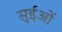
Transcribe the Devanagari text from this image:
सुईओं